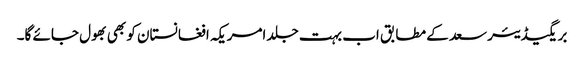
بریگیڈیئر سعد کے مطابق اب بہت جلد امریکہ افغانستان کو بھی بھول جائے گا۔